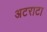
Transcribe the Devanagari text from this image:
अटराटा